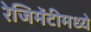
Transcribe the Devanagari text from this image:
रेजिमेंटीमध्ये